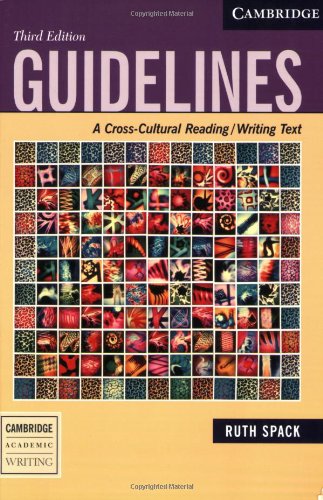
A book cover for Guidelines: A Cross-Cultural Reading/Writing Text (Cambridge Academic Writing Collection); Ruth Spack; Reference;